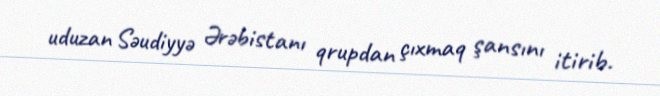
uduzan Səudiyyə Ərəbistanı qrupdan çıxmaq şansını itirib.